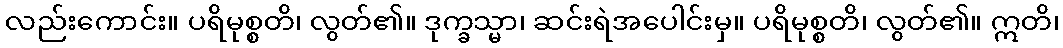
လည်းကောင်း။ ပရိမုစ္စတိ၊ လွတ်၏။ ဒုက္ခသ္မာ၊ ဆင်းရဲအပေါင်းမှ။ ပရိမုစ္စတိ၊ လွတ်၏။ ဣတိ၊